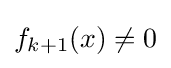
f_{k+1}(x)\neq 0